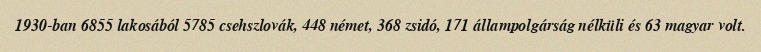
1930-ban 6855 lakosából 5785 csehszlovák, 448 német, 368 zsidó, 171 állampolgárság nélküli és 63 magyar volt.